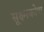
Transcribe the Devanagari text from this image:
सूक्ष्मकोण